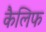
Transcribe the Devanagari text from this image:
कैलिफ